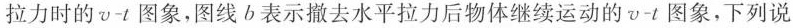
拉力时的v - t图象，图线b表示撤去水平拉力后物体继续运动的$$v - t$$图象，下列说